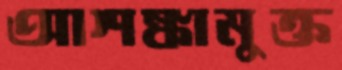
আশঙ্কামুক্ত